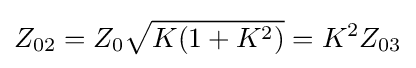
Z_{02}=Z_{0}{\sqrt {K(1+K^{2})}}=K^{2}Z_{03}